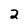
Character: 2